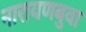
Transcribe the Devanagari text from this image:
नारायणबुवा